画像に写った文字を読んでください
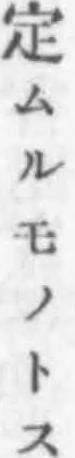
「定ムルモノトス」と書いてあります